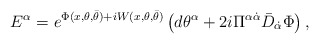
\begin{align*} {E}^{{\alpha}}= e^{\Phi (x,\theta, \bar{\theta}) +i W (x,\theta, \bar{\theta})} \left( d{\theta}^\alpha + {2i} \Pi^{\alpha\dot{\alpha}}\bar{D}_{\dot{\alpha}} \Phi \right),\end{align*}